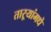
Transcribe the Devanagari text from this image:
ताऱ्यांमधे